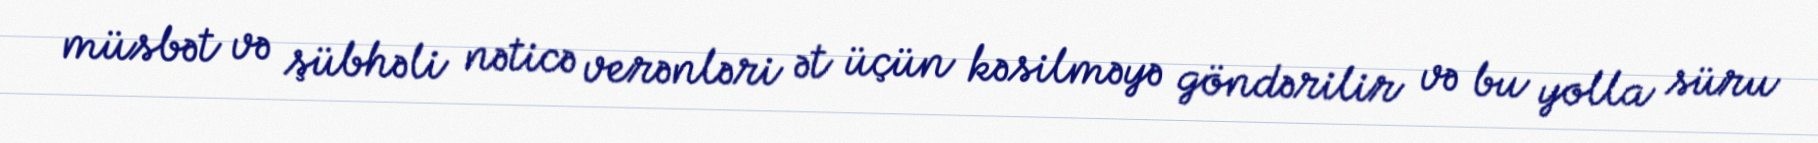
müsbət və şübhəli nəticə verənləri ət üçün kəsilməyə göndərilir və bu yolla süru